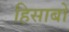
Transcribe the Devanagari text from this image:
हिसाबों